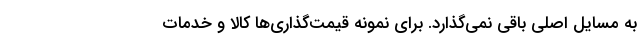
به مسایل اصلی باقی نمی‌گذارد. برای نمونه قیمت‌گذاری‌ها کالا و خدمات